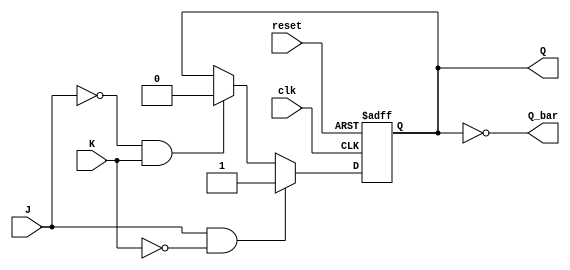
module JK_flip_flop (
    input wire clk,
    input wire reset,
    input wire J,
    input wire K,
    output reg Q,
    output reg Q_bar
);

reg state;

always @(posedge clk or posedge reset) begin
    if (reset) begin
        state <= 1'b0; //RESET state
    end else begin
        if (J & ~K) begin
            state <= 1'b1; //SET state
        end else if (~J & K) begin
            state <= 1'b0; //RESET state
        end
    end
end

assign Q = state;
assign Q_bar = ~state;

endmodule